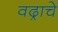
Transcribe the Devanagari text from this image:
वढ्राचे